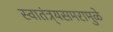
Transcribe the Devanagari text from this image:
स्वातंत्र्यसमरामुळे